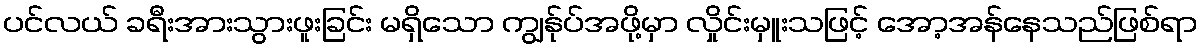
ပင်လယ် ခရီးအားသွားဖူးခြင်း မရှိသော ကျွန်ုပ်အဖို့မှာ လှိုင်းမှူးသဖြင့် အော့အန်နေသည်ဖြစ်ရာ